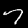
Digit: 7